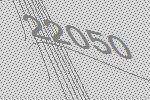
22050